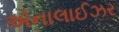
એનાલાઈઝર